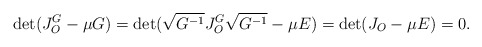
\begin{align*}\det({J_O^G-\mu G})=\det(\sqrt{G^{-1}}J_O^G\sqrt{G^{-1}}-\mu E)=\det(J_O-\mu E)=0.\end{align*}